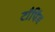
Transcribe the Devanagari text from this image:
टाँपिंग